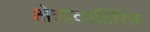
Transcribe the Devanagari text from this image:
क्षेत्राव्यतिरिक्त